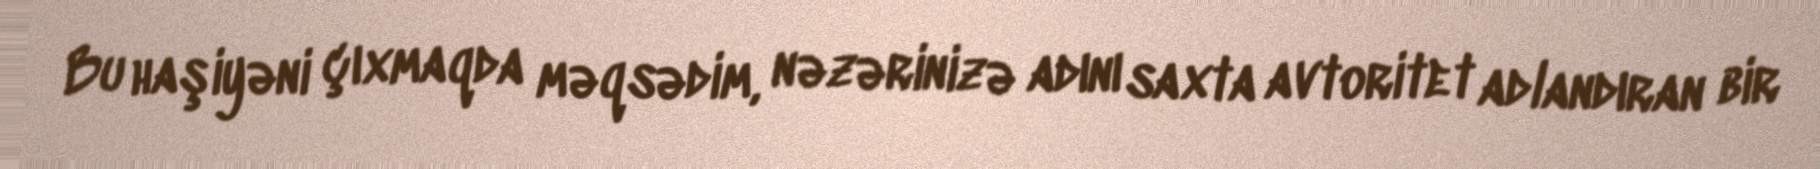
Bu haşiyəni çıxmaqda məqsədim, nəzərinizə adını saxta avtoritet adlandıran bir